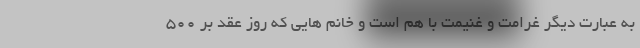
به عبارت دیگر غرامت و غنیمت با هم است و خانم هایی که روز عقد بر 500